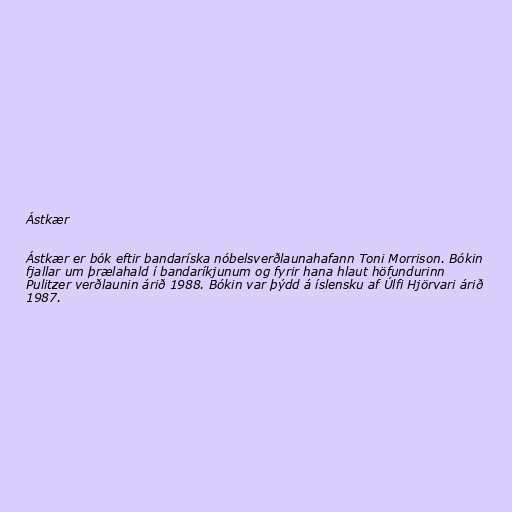
Ástkær

Ástkær er bók eftir bandaríska nóbelsverðlaunahafann Toni Morrison. Bókin
fjallar um þrælahald í bandaríkjunum og fyrir hana hlaut höfundurinn
Pulitzer verðlaunin árið 1988. Bókin var þýdd á íslensku af Úlfi Hjörvari árið
1987.